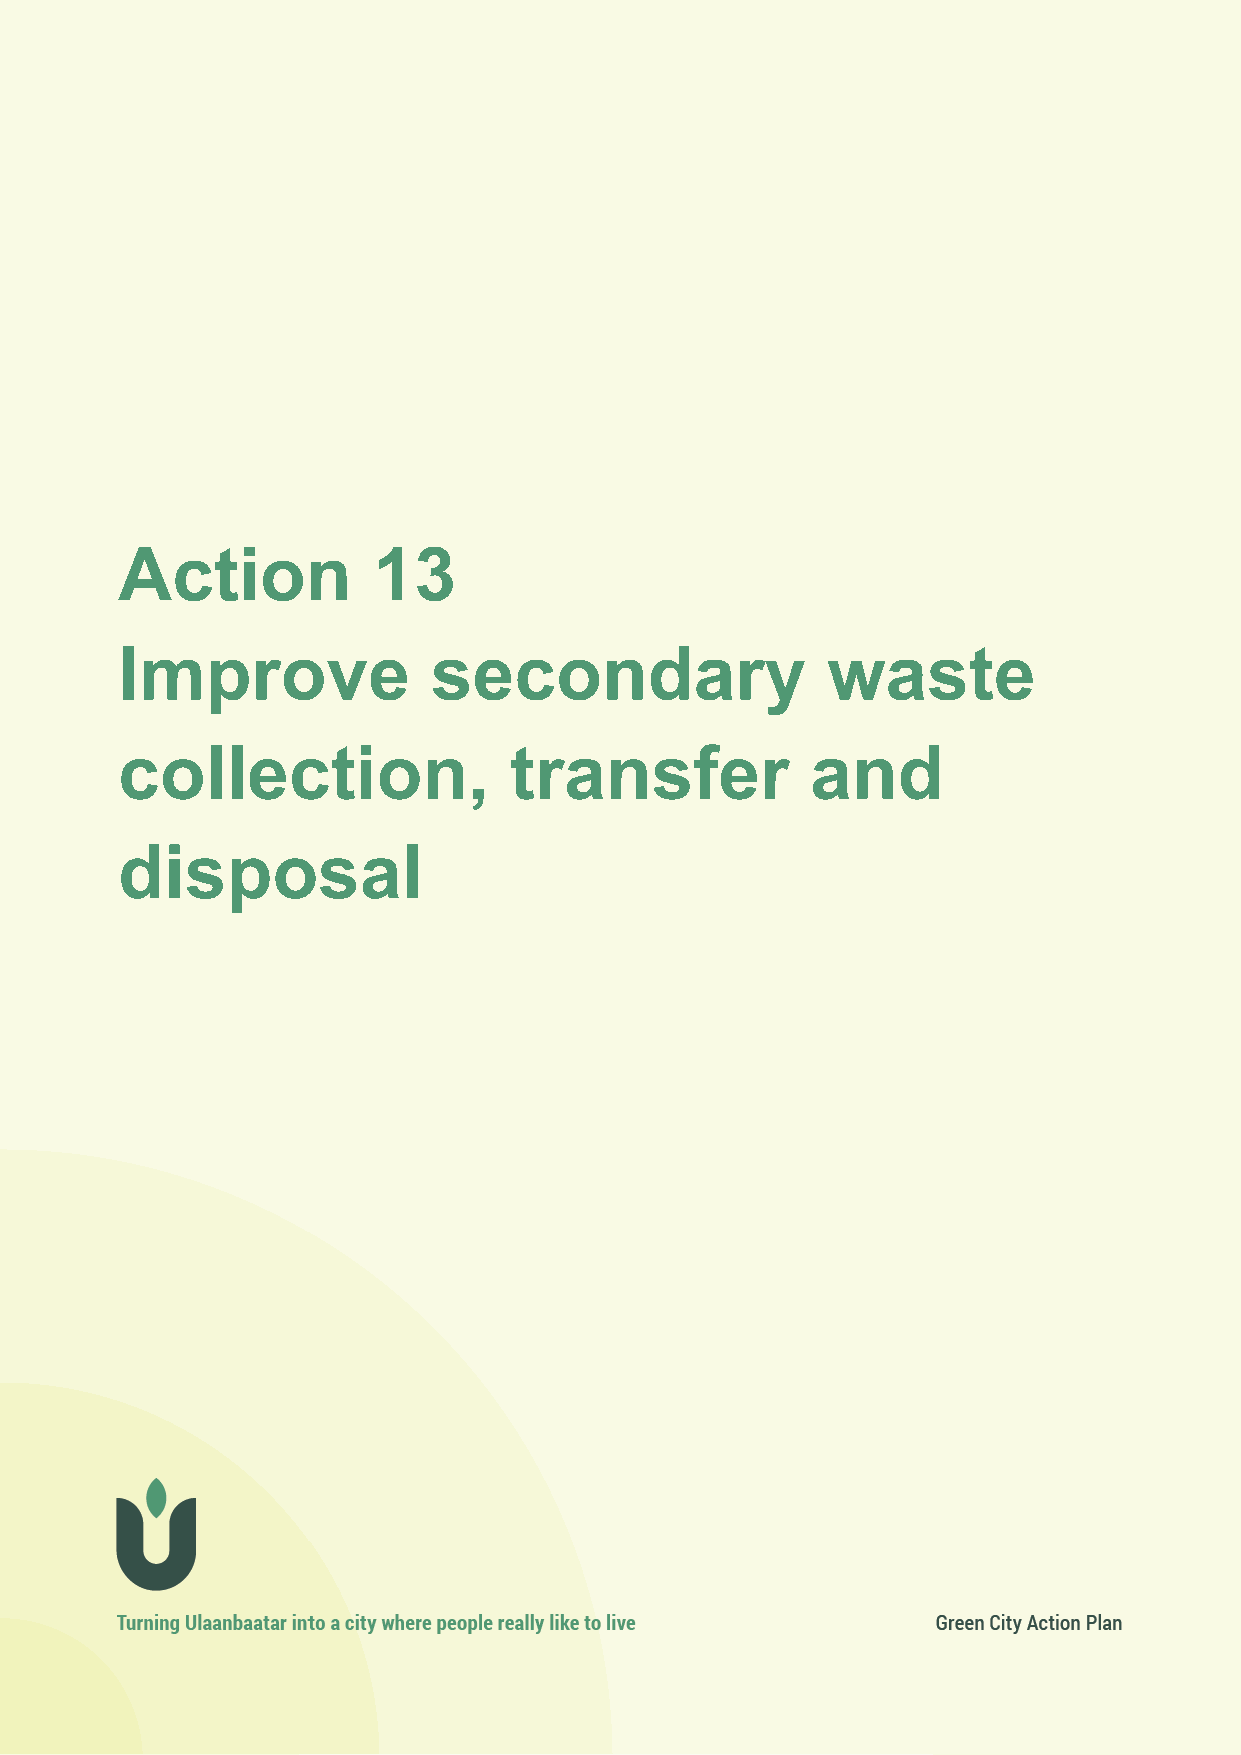
Action 13
 contributing to Strategic Objectives: air quality, climate mitigation
 Action           13
 Improve              secondary                 waste
 collection,               transfer            and
 disposal
 109